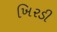
ખિરડી